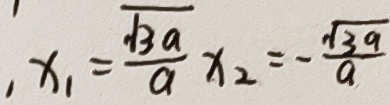
x _ { 1 } = \frac { \sqrt { 3 a } } { a } , x _ { 2 } = - \frac { \sqrt { 3 a } } { a }